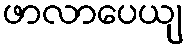
ဖာလာပေယျ